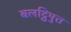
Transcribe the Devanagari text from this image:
बलट्ठिपुत्त